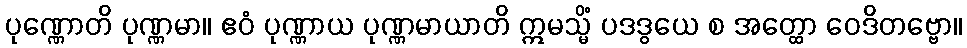
ပုဏ္ဏောတိ ပုဏ္ဏမာ။ ဧဝံ ပုဏ္ဏာယ ပုဏ္ဏမာယာတိ ဣမသ္မိံ ပဒဒွယေ စ အတ္ထော ဝေဒိတဗ္ဗော။